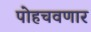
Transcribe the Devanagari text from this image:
पोहचवणार